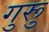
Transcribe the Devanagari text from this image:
गुरूु